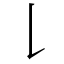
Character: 𠄌